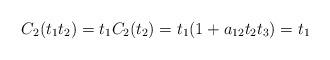
LaTeX: \begin{align*}C_2(t_1t_2)=t_1C_2(t_2)=t_1(1+a_{12}t_2t_3)=t_1\end{align*}